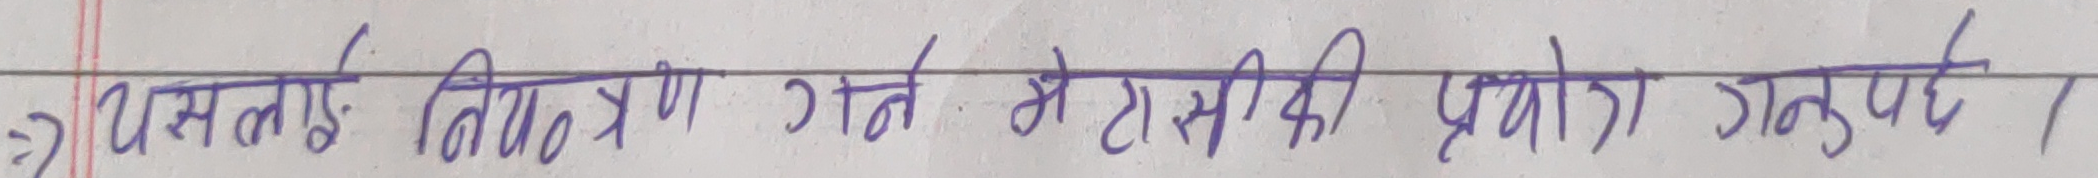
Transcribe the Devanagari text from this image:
यसलाई नियन्त्रण गर्न पोटासकी प्रयोग गर्नुपर्छ।